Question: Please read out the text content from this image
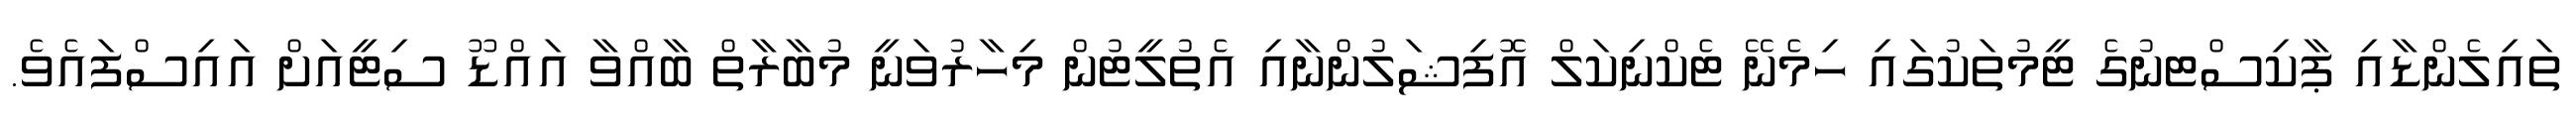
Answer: ތައިލެންޑާއި ޕާކިސްޓނުގެ ޓީމުތަކުގައި ހިމެނޭ ޓެކްނިކަލް އޮފިޝަލުންނާއި އެތުލީޓުން މިހާރުވަނީ މުބާރާތް ބާއްވާ އައްޑޫ ސިޓީއަށް އައިސްފައެވެ.